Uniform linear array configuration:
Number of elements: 16
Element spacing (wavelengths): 1
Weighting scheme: hann
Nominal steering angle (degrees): -30
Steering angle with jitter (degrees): -28.401
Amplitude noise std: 0.05
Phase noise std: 0.05

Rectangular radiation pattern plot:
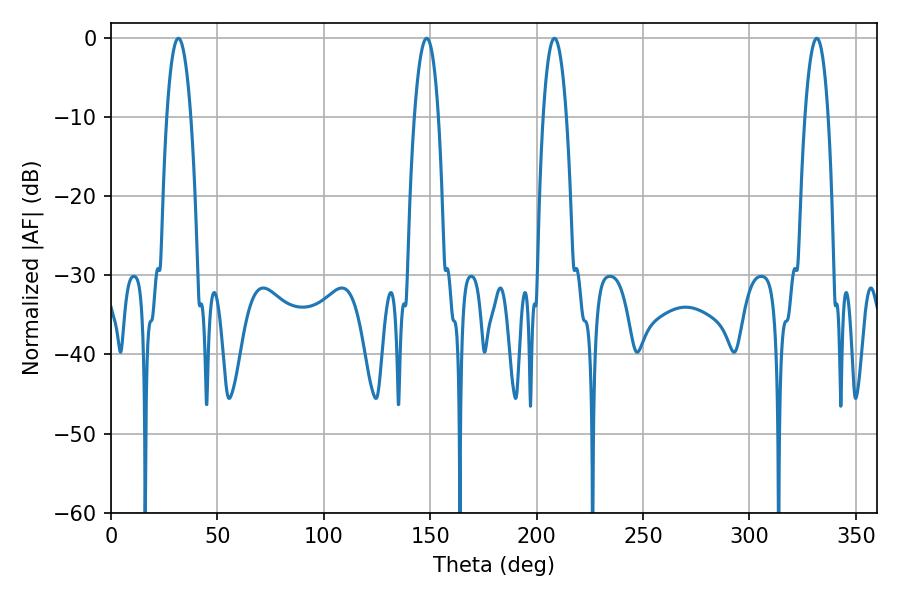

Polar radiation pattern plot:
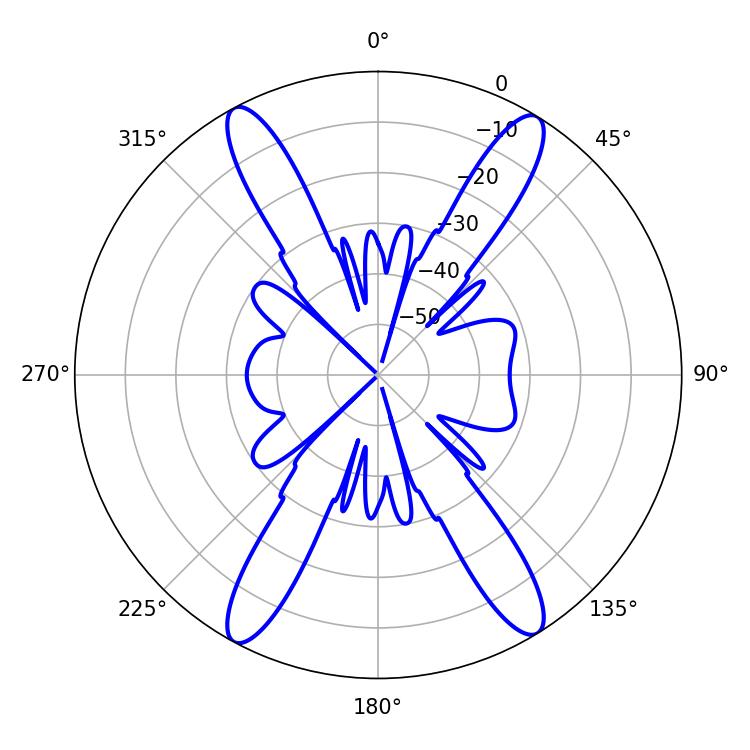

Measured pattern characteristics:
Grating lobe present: TRUE
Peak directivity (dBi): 21.122
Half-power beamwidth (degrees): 6.3
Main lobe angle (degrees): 31.68